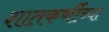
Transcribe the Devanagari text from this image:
शातकर्णीच्या